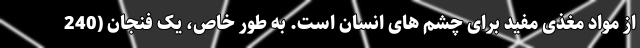
از مواد مغذی مفید برای چشم های انسان است. به طور خاص، یک فنجان (240